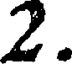
2.